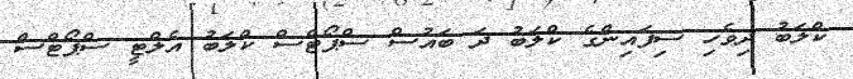
ކްލަބު ދިވެހި ސިފައިންގެ ކްލަބު ދަ ބައުސް ސްޕޯޓްސް ކްލަބު އެލްޓީ ސްޕޯޓްސް